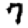
Digit: 7